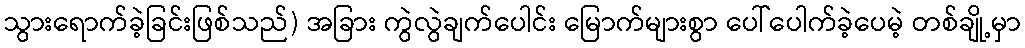
သွားရောက်ခဲ့ခြင်းဖြစ်သည်) အခြား ကွဲလွဲချက်ပေါင်း မြောက်များစွာ ပေါ်ပေါက်ခဲ့ပေမဲ့ တစ်ချို့မှာ